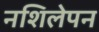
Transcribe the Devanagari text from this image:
नशिलेपन